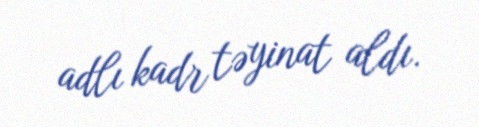
adlı kadr təyinat aldı.